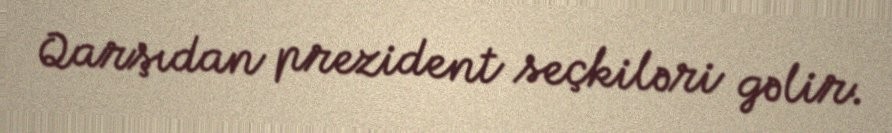
Qarşıdan prezident seçkiləri gəlir.